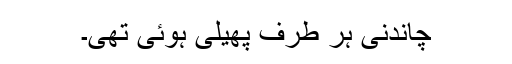
چاندنی ہر طرف پھیلی ہوئی تھی۔